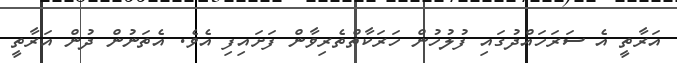
އަރާތީ އެ ސަރަހައްދުގައި ފުލުހުން ހަރަކާތްތެރިވާން ފަށައިފި އެވެ. އެތަނުން ދުން އަރާތީ